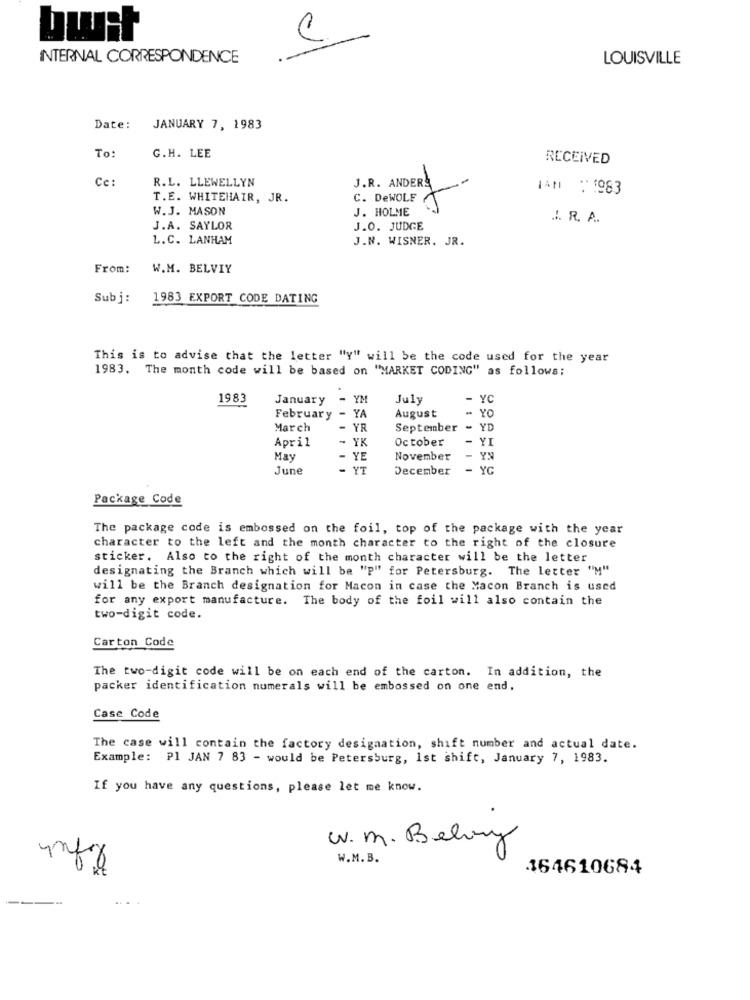
bwit
C
INTERNAL CORRESPONDENCE
LOUISVILLE
Date:
JANUARY 7, 1983
To:
G.H. LEE
RECEIVED
Cc:
R.L. LLEWELLYN
J.R. ANDERE
NAM : 1983
T.E. WHITEHAIR, JR.
C. DeWOLE /
W.J. MASON
J. HOLME
.I. R. A.
J.A. SAYLOR
J.O. JUDGE
L.C. LANHAM
J.N. WISNER. JR.
From:
W.M. BELVIY
Subj:
1983 EXPORT CODE DATING
This is to advise that the letter "y" will be the code used for the year
1983. The month code will be based on "MARKET CODING" as follows:
1983
January
- YM
July
- YC
- YO
February - YA
August
March
. YR
September - YD
April
- YK
October
- YI
May
YE
November
- YN
June
-
YT
December
-
YG
Package Code
The package code is embossed on the foil, top of the package with the year
character to the left and the month character to the right of the closure
sticker. Also to the right of the month character will be the letter
designating the Branch which will be "P" for Petersburg. The letter "M"
will be the Branch designation for Macon in case the Macon Branch is used
for any export manufacture. The body of the foil will also contain the
two-digit code.
Carton Code
The two-digit code will be on each end of the carton. In addition, the
packer identification numerals will be embossed on one end.
Case Code
The case will contain the factory designation, shift number and actual date.
Example: PI JAN 7 83 - would be Petersburg, Ist shift, January 7, 1983.
If you have any questions, please let me know.
W. M. Belvy
W.M. B.
164610684
---